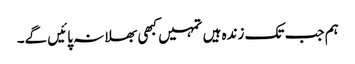
ہم جب تک زندہ ہیں تمہیں کبھی بھلا نہ پائیں گے۔